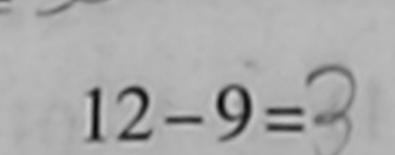
1 2 - 9 = 3